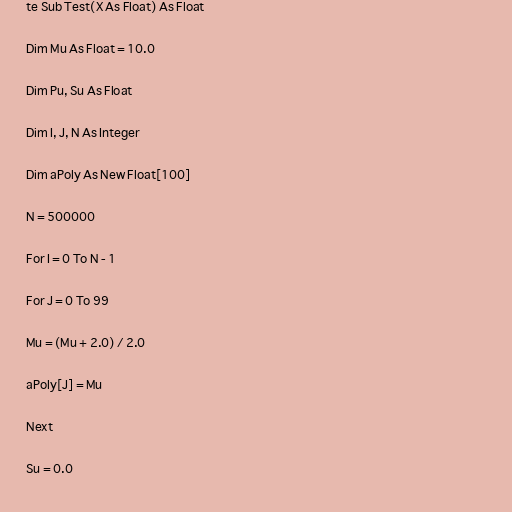
te Sub Test(X As Float) As Float

Dim Mu As Float = 10.0

Dim Pu, Su As Float

Dim I, J, N As Integer

Dim aPoly As New Float[100]

N = 500000

For I = 0 To N - 1

For J = 0 To 99

Mu = (Mu + 2.0) / 2.0

aPoly[J] = Mu

Next

Su = 0.0